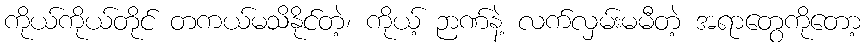
ကိုယ်ကိုယ်တိုင် တကယ်မသိနိုင်တဲ့၊ ကိုယ့် ဉာဏ်နဲ့ လက်လှမ်းမမီတဲ့ အရာတွေကိုတော့